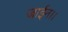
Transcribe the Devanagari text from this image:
जाईन।।